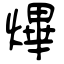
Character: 熚